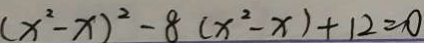
( x ^ { 2 } - x ) ^ { 2 } - 8 ( x ^ { 2 } - x ) + 1 2 = 0